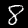
Label: 8